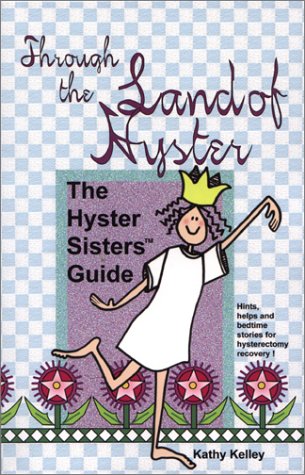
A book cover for Through the Land of Hyster: The Hyster Sisters Guide; Kathy Kelley; Health, Fitness & Dieting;